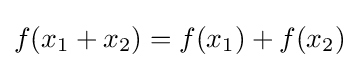
f(x_{1}+x_{2})=f(x_{1})+f(x_{2})